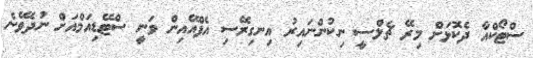
ސްޓޯކްއާ ދެކޮޅަށް މިރޭ ޗެލްސީ ނިކުންނައިރު އިނގިރޭސި އެފްއޭއިން ވަނީ ސްޓޭޑިއަމްއަށް ނުދެވޭނެ